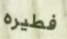
فطيره